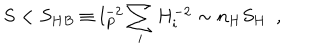
LaTeX: S < S _ { H B } \equiv l _ { P } ^ { - 2 } \sum _ { i } H _ { i } ^ { - 2 } \sim n _ { H } S _ { H } ~ ~ ,